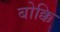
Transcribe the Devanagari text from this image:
बोक्कि